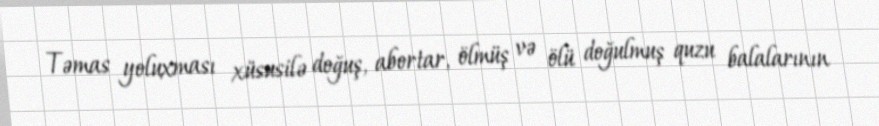
Təmas yoluxması xüsusilə doğuş, abortar, ölmüş və ölü doğulmuş quzu balalarının